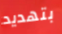
بتهديد